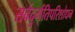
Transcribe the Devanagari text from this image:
सर्वदुर्गतिपरिशोधन